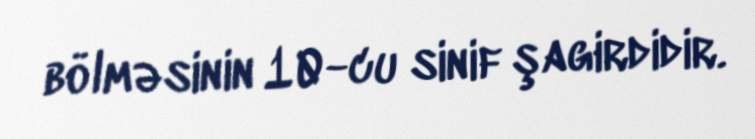
bölməsinin 10-cu sinif şagirdidir.